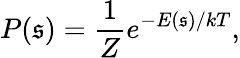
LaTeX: P(\mathfrak{s})={\frac{{1}}{{Z}}}e^{-E(\mathfrak{s})/kT},